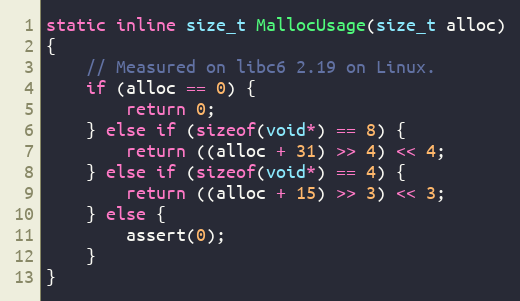
Language: C
static inline size_t MallocUsage(size_t alloc)
{
    // Measured on libc6 2.19 on Linux.
    if (alloc == 0) {
        return 0;
    } else if (sizeof(void*) == 8) {
        return ((alloc + 31) >> 4) << 4;
    } else if (sizeof(void*) == 4) {
        return ((alloc + 15) >> 3) << 3;
    } else {
        assert(0);
    }
}